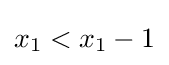
x_{1}<x_{1}-1